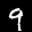
Label: 9